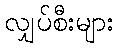
လျှပ်စီးများ